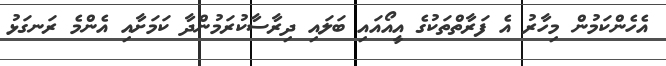
އެހެންކަމުން މިހާރު އެ ފަރާތްތަކުގެ އީއޯއައި ބަލައި ދިރާސާކުރަމުންދާ ކަމަށާއި އެންމެ ރަނގަޅު